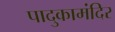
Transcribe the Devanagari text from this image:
पादुकामंदिर